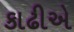
કાઢીએ